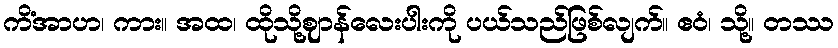
ကိံအာဟ၊ ကား။ အထ၊ ထိုသို့ဈာန်လေးပါးကို ပယ်သည်ဖြစ်လျက်။ ဧဝံ၊ သို့။ တဿ